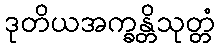
ဒုတိယအက္ခန္တိသုတ္တံ